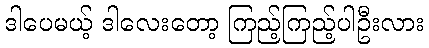
ဒါပေမယ့် ဒါလေးတော့ ကြည့်ကြည့်ပါဦးလား